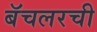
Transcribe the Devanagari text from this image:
बॅचलरची